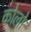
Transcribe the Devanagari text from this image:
कोलो